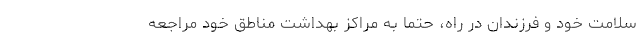
سلامت خود و فرزندان در راه، حتما به مراکز بهداشت مناطق خود مراجعه